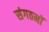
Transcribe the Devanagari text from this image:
संगठनॉ